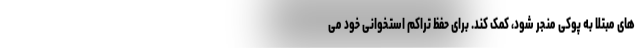
های مبتلا به پوکی منجر شود، کمک کند. برای حفظ تراکم استخوانی خود می